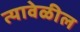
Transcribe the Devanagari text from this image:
त्यावेळील